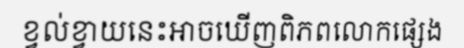
ខ្វល់ខ្វាយនេះអាចឃើញពិភពលោកផ្សេង